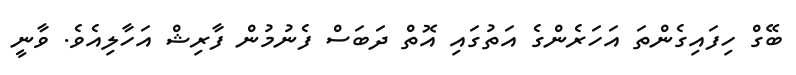
ބޭގް ހިފައިގެންތަ އަހަރެންގެ އަތުގައި އޮތް ދަބަސް ފެނުމުން ފާރިޝް އަހާލިއެވެ. ވާނީ